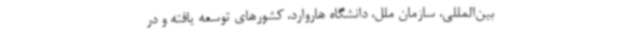
بین‌المللی، سازمان ملل، دانشگاه هاروارد، کشورهای توسعه یافته و در